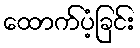
ထောက်ပံ့ခြင်း